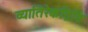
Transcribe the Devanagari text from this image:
व्यातिरेकद्रिष्टि